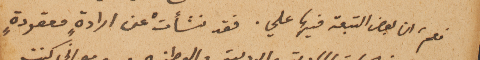
نعم، ان بعض التبعة فيها علي. فقد نشأت عن ارادةٍ معقودةٍ